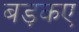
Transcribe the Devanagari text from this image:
बड़कए